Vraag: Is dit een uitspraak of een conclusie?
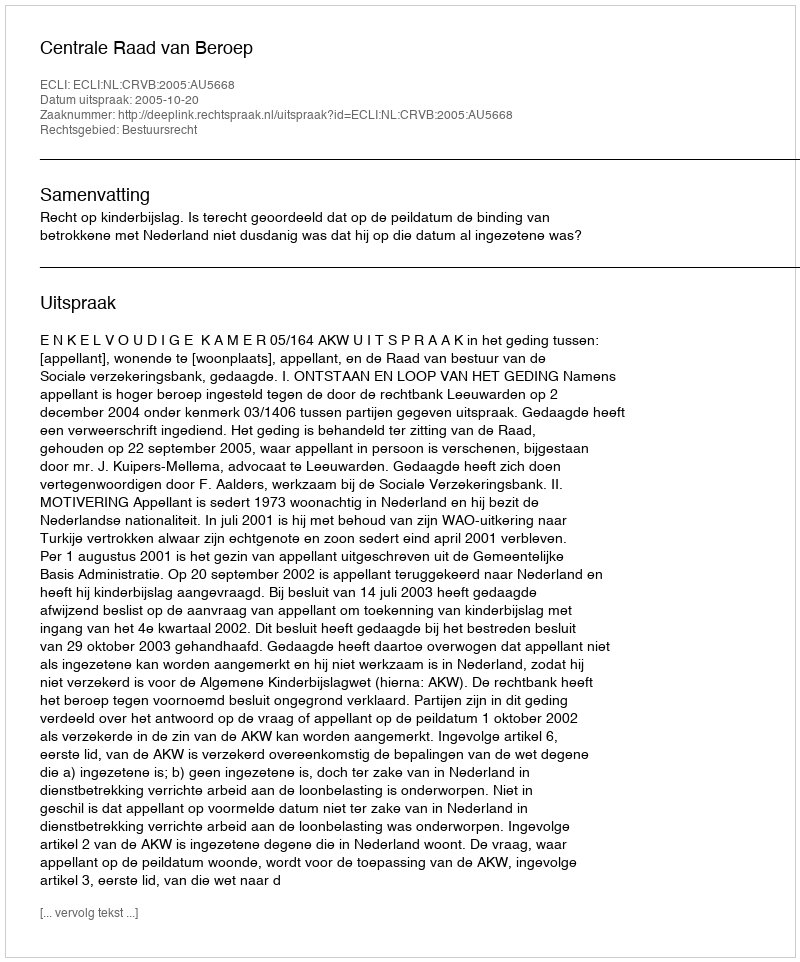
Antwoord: Uitspraak